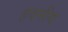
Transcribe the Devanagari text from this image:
हवनीय